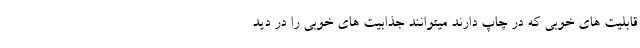
قابلیت های خوبی که در چاپ دارند میتوانند جذابیت های خوبی را در دید